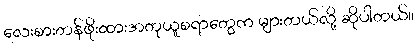
လေးစားတန်ဖိုးထားအတုယူစရာတွေက များတယ်လို့ ဆိုပါတယ်။